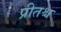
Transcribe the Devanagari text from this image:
प्रीतश्च